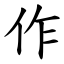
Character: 作